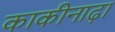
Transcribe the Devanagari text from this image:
काकीनाढ़ा